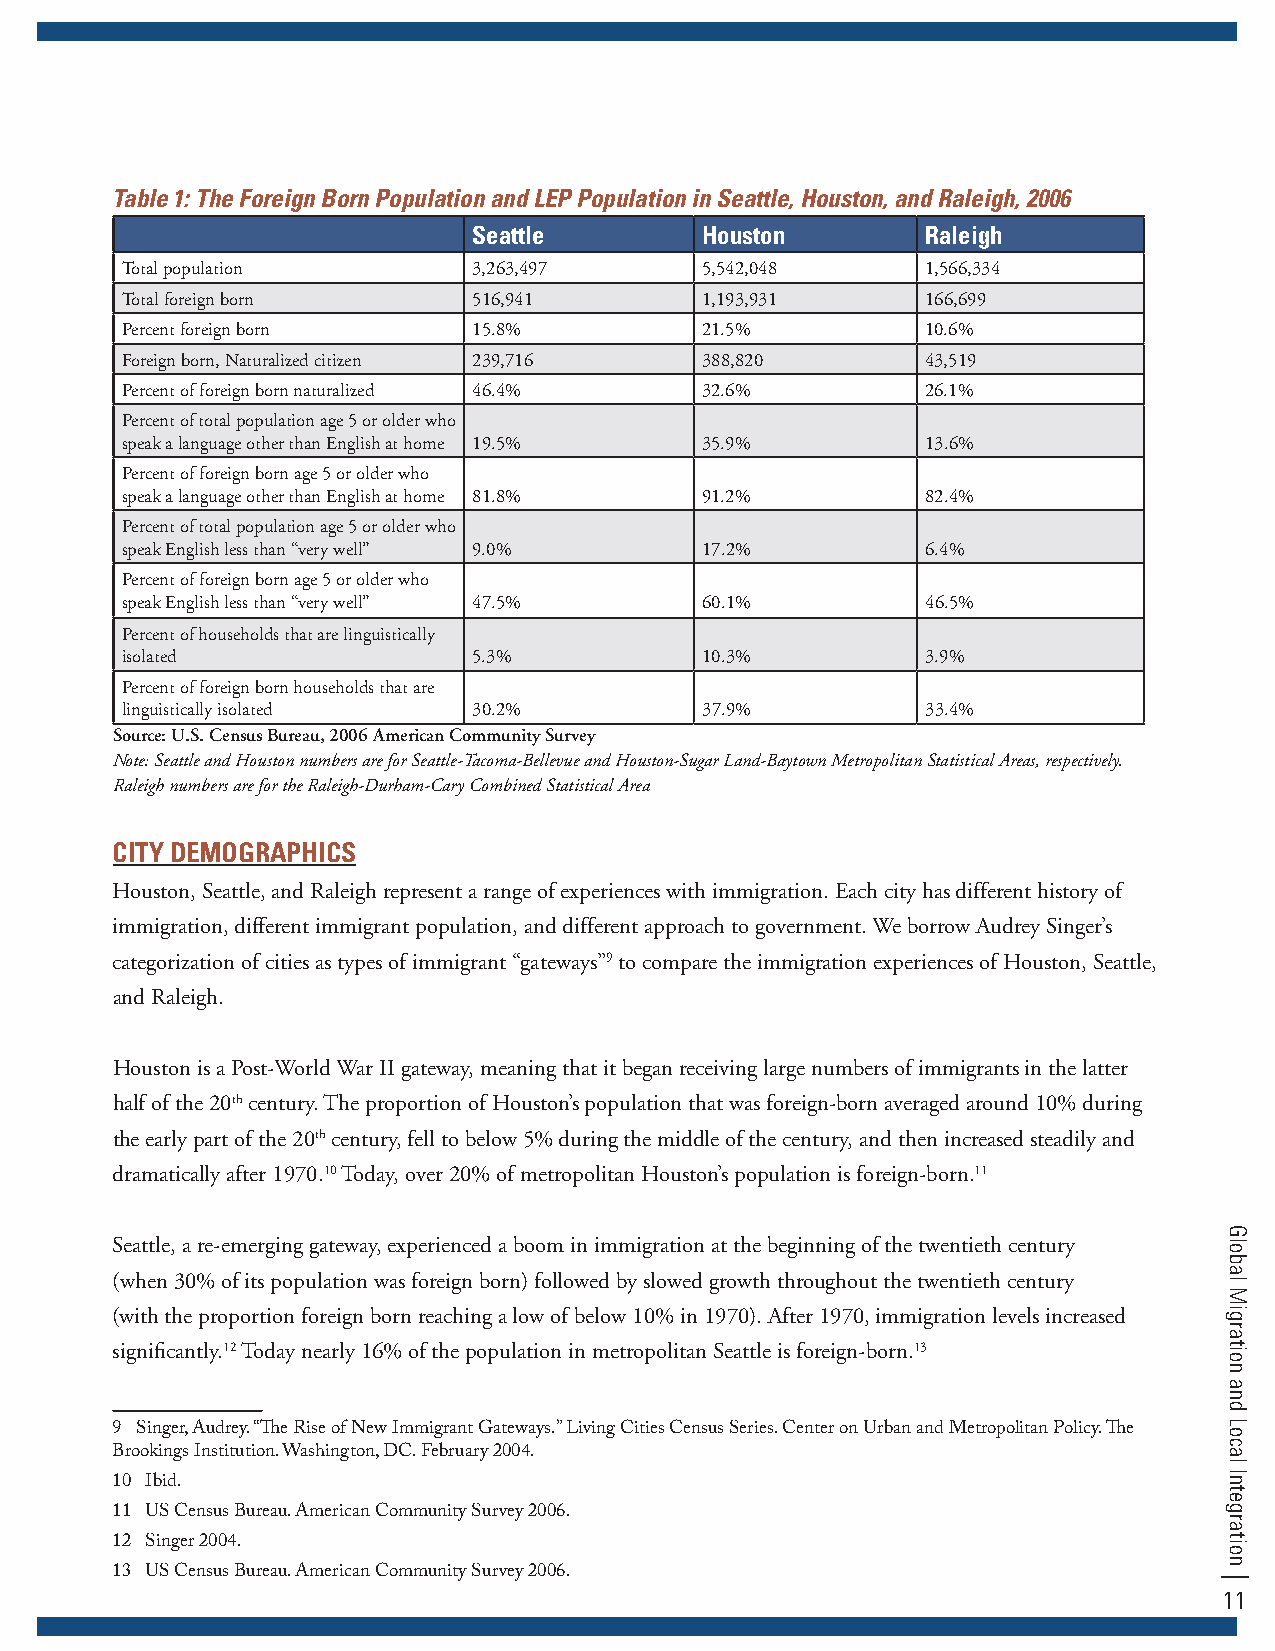
Table 1: The Foreign Born Population and LEP Population in Seattle, Houston, and Raleigh, 2006
 Seattle        Houston        Raleigh
 Total population       3,263,497      5,542,048      1,566,334
 Total foreign born     516,941        1,193,931      166,699
 Percent foreign born   15.8%          21.5%          10.6%
 Foreign born, Naturalized citizen 239,716 388,820    43,519
 Percent of foreign born naturalized 46.4% 32.6%      26.1%
 Percent of total population age 5 or older who
 speak a language other than English at home 19.5% 35.9% 13.6%
 Percent of foreign born age 5 or older who
 speak a language other than English at home 81.8% 91.2% 82.4%
 Percent of total population age 5 or older who
 speak English less than “very well” 9.0% 17.2%       6.4%
 Percent of foreign born age 5 or older who
 speak English less than “very well” 47.5% 60.1%      46.5%
 Percent of households that are linguistically
 isolated               5.3%           10.3%          3.9%
 Percent of foreign born households that are
 linguistically isolated 30.2%         37.9%          33.4%
 Source: U.S. Census Bureau, 2006 American Community Survey
 Note: Seattle and Houston numbers are for Seattle-Tacoma-Bellevue and Houston-Sugar Land-Baytown Metropolitan Statistical Areas, respectively.
 Raleigh numbers are for the Raleigh-Durham-Cary Combined Statistical Area
 CITY DEMOGRAPHICS
 Houston, Seattle, and Raleigh represent a range of experiences with immigration. Each city has different history of
 immigration, different immigrant population, and different approach to government. We borrow Audrey Singer’s
 categorization of cities as types of immigrant “gateways”9 to compare the immigration experiences of Houston, Seattle,
 and Raleigh.
 Houston is a Post-World War II gateway, meaning that it began receiving large numbers of immigrants in the latter
 half of the 20th century. The proportion of Houston’s population that was foreign-born averaged around 10% during
 the early part of the 20th century, fell to below 5% during the middle of the century, and then increased steadily and
 dramatically after 1970.10 Today, over 20% of metropolitan Houston’s population is foreign-born.11
 Seattle, a re-emerging gateway, experienced a boom in immigration at the beginning of the twentieth century
 (when 30% of its population was foreign born) followed by slowed growth throughout the twentieth century
 (with the proportion foreign born reaching a low of below 10% in 1970). After 1970, immigration levels increased
 significantly.12 Today nearly 16% of the population in metropolitan Seattle is foreign-born.13
 9 Singer, Audrey. “The Rise of New Immigrant Gateways.” Living Cities Census Series. Center on Urban and Metropolitan Policy. The
 Brookings Institution. Washington, DC. February 2004.
 10 Ibid.
 11 US Census Bureau. American Community Survey 2006.
 12 Singer 2004.
 13 US Census Bureau. American Community Survey 2006.
 11
 Global
 Migration
 and
 Local
 Integration